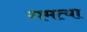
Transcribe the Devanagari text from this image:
गमत्या